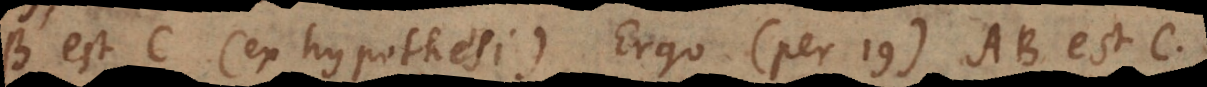
B est C (ex hypothesi). Ergo (per 19) AB est C.